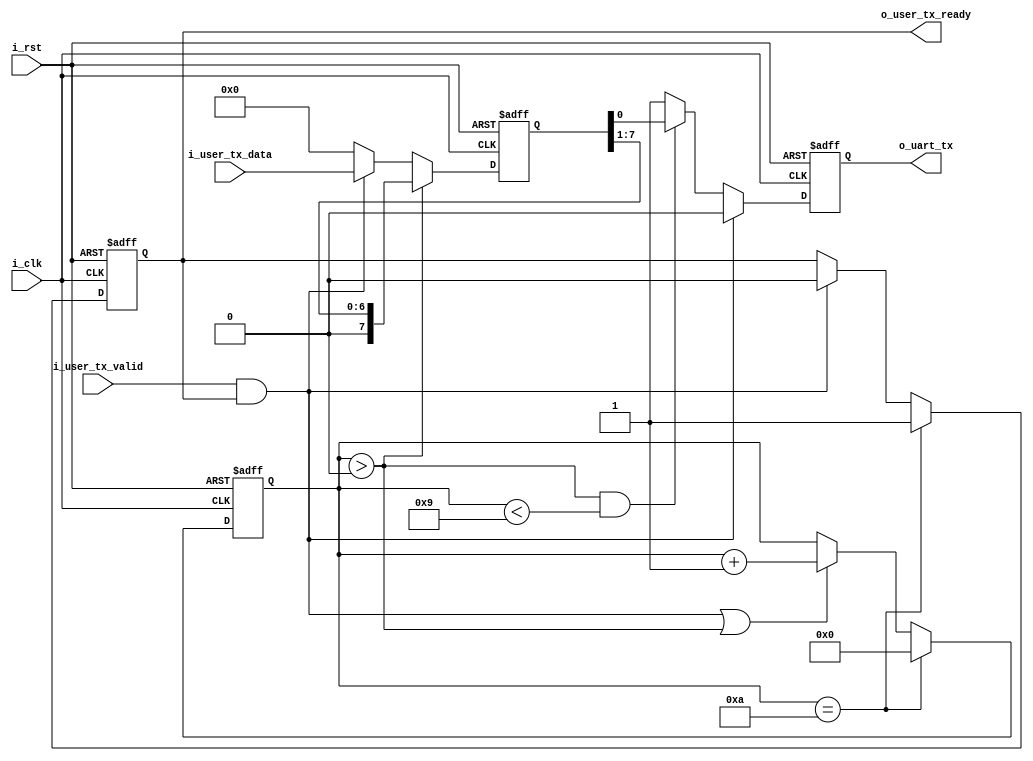
module uart_tx#(
    parameter               P_SYSTEM_CLK             =        50_000_000         ,   //杈撳叆鏃堕挓棰戠巼
    parameter               P_UART_BAUND_RATE        =        9600            ,   //娉㈢壒鐜?
    parameter               P_UART_DATA_WIDTH        =        8 ,   //鏁版嵁瀹藉害
    parameter               P_UART_STOP_WIDTH        =       1  ,   //1鎴栬??2
    parameter               P_UART_CHECK             =        0        //None=0 Odd-1 Even-2
)
(                  
    input                               i_clk            ,
    input                               i_rst            ,

    output                              o_uart_tx        ,

    input [P_UART_DATA_WIDTH-1:0]       i_user_tx_data   ,
    input                               i_user_tx_valid  ,
    output                              o_user_tx_ready  
);

/*
always@(posedge i_clk or posedge i_rst)
begin
    if (i_rst)

    else if ()

    else

end
*/

// 鎻℃墜
wire                                    w_uart_tx_active                                            ;
assign                                  w_uart_tx_active = i_user_tx_valid & o_user_tx_ready         ;

// // 閿佸瓨
// reg [P_UART_DATA_WIDTH-1:0]             ri_user_tx_data                                             ;
// always@(posedge i_clk or posedge i_rst)
// begin
//     if (i_rst)
//         ri_user_tx_data <= 'd0;
//     else if (w_uart_tx_active)
//         ri_user_tx_data <= i_user_tx_data;
//     else
//         ri_user_tx_data <= ri_user_tx_data;
// end

// 璁℃暟鍣ㄨ涓?涓嬩紶浜嗗灏?
reg [15:0]                              r_tx_cnt                                                    ;
always@(posedge i_clk or posedge i_rst)
begin
    if (i_rst)
        r_tx_cnt <= 'd0;
    else if (r_tx_cnt == 1 + P_UART_DATA_WIDTH + 1 + P_UART_STOP_WIDTH && P_UART_CHECK > 0)
        r_tx_cnt <= 'd0;
    else if (r_tx_cnt == 1 + P_UART_DATA_WIDTH + P_UART_STOP_WIDTH && P_UART_CHECK == 0)
        r_tx_cnt <= 'd0;
    else if (w_uart_tx_active || r_tx_cnt > 0)
        r_tx_cnt <= r_tx_cnt + 1;
    else
        r_tx_cnt <= r_tx_cnt;
end

// 鍋氫竴涓Щ浣嶅瘎瀛樺櫒
reg [P_UART_DATA_WIDTH-1:0]             r_shift_data                                                ;
always@(posedge i_clk or posedge i_rst)
begin
    if (i_rst)
        r_shift_data <= 'd0;
    else if (r_tx_cnt > 0)
        r_shift_data <= r_shift_data >> 1;
    else if (w_uart_tx_active)
        r_shift_data <= i_user_tx_data;
    else
        r_shift_data <= 'd0;
end

// 鎺у埗o_uart_tx
reg                                     ro_uart_tx                                                  ;
assign                                  o_uart_tx = ro_uart_tx                                      ;
always@(posedge i_clk or posedge i_rst)
begin
    if (i_rst)
        ro_uart_tx <= 'd1;
    else if (w_uart_tx_active)
        ro_uart_tx <= 'd0;
    else if (r_tx_cnt > 0 && r_tx_cnt < 1 + P_UART_DATA_WIDTH)
        ro_uart_tx <= r_shift_data[0];
    else if (r_tx_cnt == 1 + P_UART_DATA_WIDTH && P_UART_CHECK == 2)
        ro_uart_tx <= !r_check;
    else if (r_tx_cnt == 1 + P_UART_DATA_WIDTH && P_UART_CHECK == 1)
        ro_uart_tx <= r_check;
    else if (r_tx_cnt > 1 + P_UART_DATA_WIDTH && r_tx_cnt < 1 + P_UART_DATA_WIDTH + 1 + P_UART_STOP_WIDTH && P_UART_CHECK > 0)
        ro_uart_tx <= 'd1;
    else if (r_tx_cnt > 1 + P_UART_DATA_WIDTH && r_tx_cnt < 1 + P_UART_DATA_WIDTH + P_UART_STOP_WIDTH && P_UART_CHECK == 0)
        ro_uart_tx <= 'd1;
    else 
        ro_uart_tx <= 'd1;
end

// 鎺у埗鏍￠獙 P_UART_CHECK Odd-1 Even-2 寮傛垨
// 鍋舵牎楠? 寮傛垨鍙栧弽
reg                                     r_check                                                     ;
always@(posedge i_clk or posedge i_rst)
begin
    if (i_rst)
        r_check <= 'd1;
    else if (r_tx_cnt > 0 && r_tx_cnt < 1 + P_UART_DATA_WIDTH)
        r_check <= r_check ^ r_shift_data[0];
    // else if (r_tx_cnt == 1 + P_UART_DATA_WIDTH && P_UART_CHECK == Even)
    //     r_check <= !r_check;
    // else if (r_tx_cnt == 1 + P_UART_DATA_WIDTH && P_UART_CHECK == Odd)
    //     r_check <= r_check;
    else 
        r_check <= 'd1;
end

// ready
reg                                     ro_user_tx_ready                                            ;
assign                                  o_user_tx_ready = ro_user_tx_ready                          ;
always@(posedge i_clk or posedge i_rst)
begin
    if (i_rst)
        ro_user_tx_ready <= 'd1;
    else if (r_tx_cnt == 1 + P_UART_DATA_WIDTH + 1 + P_UART_STOP_WIDTH && P_UART_CHECK > 0)
        ro_user_tx_ready <= 'd1;
    else if (r_tx_cnt == 1 + P_UART_DATA_WIDTH + P_UART_STOP_WIDTH && P_UART_CHECK == 0)
        ro_user_tx_ready <= 'd1;
    else if (w_uart_tx_active)
        ro_user_tx_ready <= 'd0;
    else
        ro_user_tx_ready <= ro_user_tx_ready;
end


endmodule